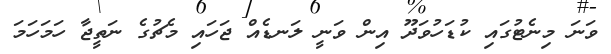
ވަނަ މިނެޓުގައި ކުޑަހުވަދޫ އިން ވަނީ ލަނޑެއް ޖަހައި މެޗުގެ ނަތީޖާ ހަމަހަމަ